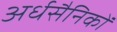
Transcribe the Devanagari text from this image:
अर्धसैनिकों